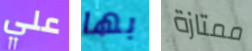
علي بها ممتازة